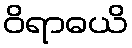
ဝိရာဓယိ